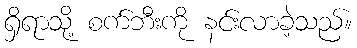
ရှိရာသို့ စက်ဘီးကို နင်းလာခဲ့သည်။